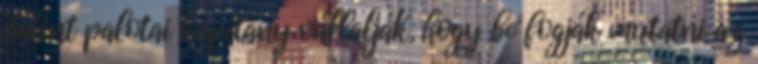
Bálint palotai kapitány vállalják, hogy be fogják mutatni az